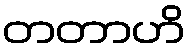
တတာဟိ